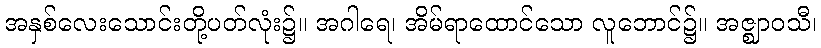
အနှစ်လေးသောင်းတို့ပတ်လုံး၌။ အဂါရေ၊ အိမ်ရာထောင်သော လူဘောင်၌။ အဇ္ဈာဝသီ၊